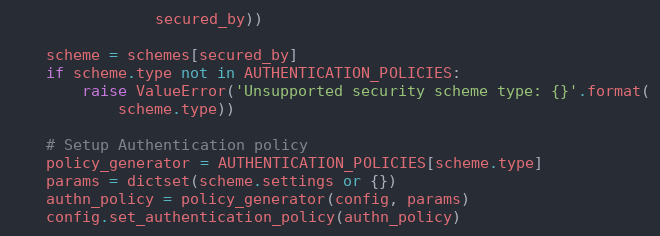
Language: Python
                secured_by))

    scheme = schemes[secured_by]
    if scheme.type not in AUTHENTICATION_POLICIES:
        raise ValueError('Unsupported security scheme type: {}'.format(
            scheme.type))

    # Setup Authentication policy
    policy_generator = AUTHENTICATION_POLICIES[scheme.type]
    params = dictset(scheme.settings or {})
    authn_policy = policy_generator(config, params)
    config.set_authentication_policy(authn_policy)